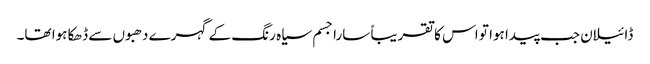
ڈائیلان جب پیدا ہوا تو اس کا تقریباً سارا جسم سیاہ رنگ کے گہرے دھبوں سے ڈھکا ہوا تھا۔